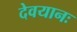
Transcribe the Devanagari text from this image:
देवयानः